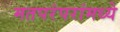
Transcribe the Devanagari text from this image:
मतपरंपरांमध्ये